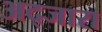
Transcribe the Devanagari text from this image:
अद्जारा